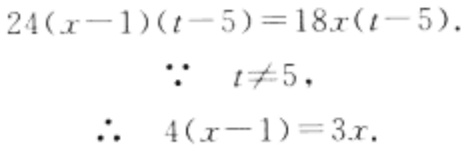
\[
\begin{align*}
24(x - 1)(t - 5)&=18x(t - 5).\\
\because\quad t&\neq5,\\
\therefore\quad 4(x - 1)&=3x.
\end{align*}
\]